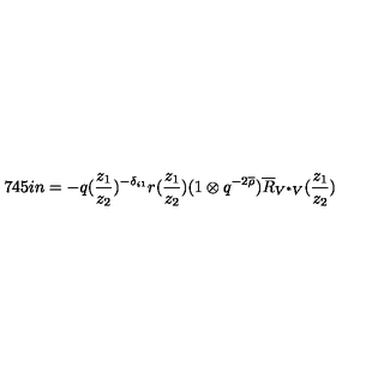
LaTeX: \hspace { . 7 4 5 i n } = - q ( \frac { z _ { 1 } } { z _ { 2 } } ) ^ { - \delta _ { i 1 } } r ( \frac { z _ { 1 } } { z _ { 2 } } ) ( 1 \otimes q ^ { - 2 \overline { { \rho } } } ) \overline { { R } } _ { V ^ { * } V } ( \frac { z _ { 1 } } { z _ { 2 } } )